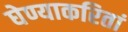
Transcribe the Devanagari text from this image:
घेण्याकरितां